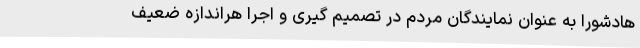
هادشورا به عنوان نمایندگان مردم در تصمیم گیری و اجرا هراندازه ضعیف